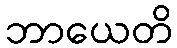
ဘာယေတိ